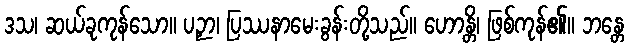
ဒသ၊ ဆယ်ခုကုန်သော။ ပဉှာ၊ ပြဿနာမေးခွန်းတို့သည်။ ဟောန္တိ၊ ဖြစ်ကုန်၏။ ဘန္တေ